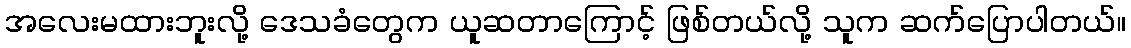
အလေးမထားဘူးလို့ ဒေသခံတွေက ယူဆတာကြောင့် ဖြစ်တယ်လို့ သူက ဆက်ပြောပါတယ်။